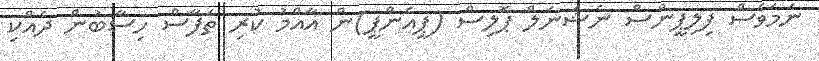
ނަމަވެސް ފިލިޕީންސް ނެޝަނަލް ޕޮލިސް (ޕީއެންޕީ)ން އާއްމު ކުރި ތަފާސް ހިސާބުން ދެއްކި